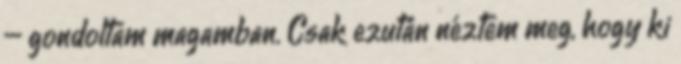
– gondoltam magamban. Csak ezután néztem meg, hogy ki